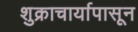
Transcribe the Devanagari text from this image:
शुक्राचार्यापासून